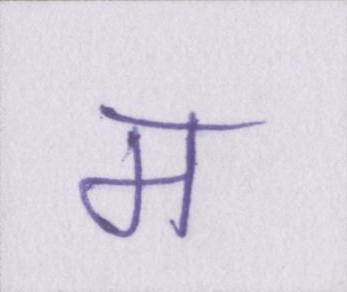
म